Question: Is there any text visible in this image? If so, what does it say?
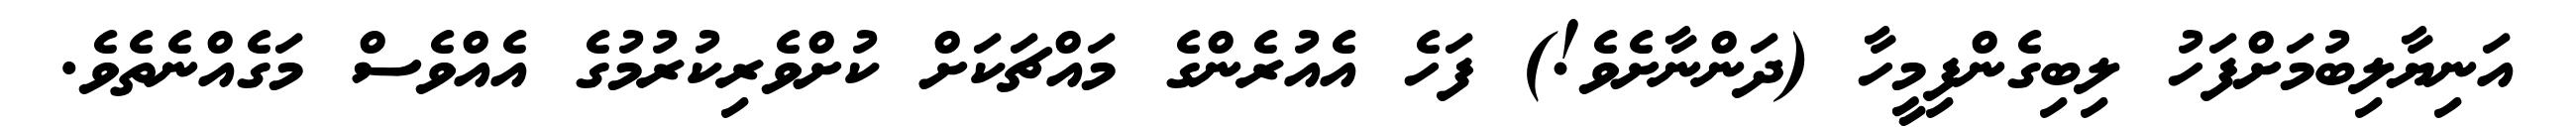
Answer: އަނިޔާލިބުމަށްފަހު ލިބިގެންފިމީހާ (ދަންނާށެވެ!) ފަހެ އެއުރެންގެ މައްޗަކަށް ކުށްވެރިކުރުމުގެ އެއްވެސް މަގެއްނެތެވެ.